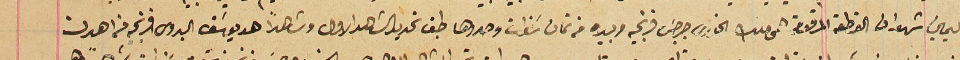
اليمين شهد ان القطعة المرقومة هى ملك الخورى جرجس فرنجيه وبيده من ثمان سَنوات وحددها طبق تحديد الشاهد الاول وشاهداً هو يوسَف البدوى فرنجيه من اهدن